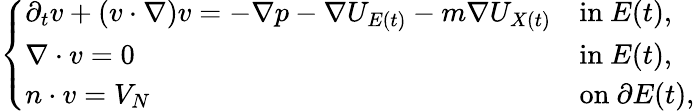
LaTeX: \begin{array}{r}{\left\{ \begin{array}{ll}{\partial_{t}v+(v\cdot\nabla)v=-\nabla p-\nabla U_{E(t)}-m\nabla U_{X(t)}}&{\mathrm{in~}E(t),}\\ {\nabla\cdot v=0}&{\mathrm{in~}E(t),}\\ {n\cdot v=V_{N}}&{\mathrm{on~}\partial E(t),}\end{array}\right.}\end{array}